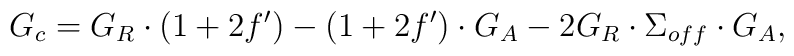
G_c = G_R \cdot ( 1 + 2 f') - ( 1 + 2 f') \cdot G_A - 2 G_R \cdot \Sigma_{off} \cdot G_A ,